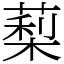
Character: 䔧